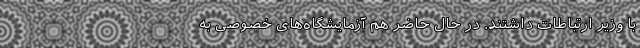
با وزیر ارتباطات داشتند. در حال حاضر هم آزمایشگاه‌‌‌های خصوصی به